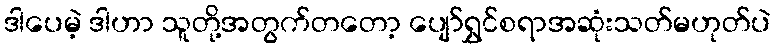
ဒါပေမဲ့ ဒါဟာ သူတို့အတွက်တတော့ ပျော်ရွှင်စရာအဆုံးသတ်မဟုတ်ပဲ